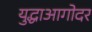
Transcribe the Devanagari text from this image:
युद्धाआगोदर